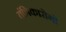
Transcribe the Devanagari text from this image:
तंत्रिकारोगों